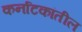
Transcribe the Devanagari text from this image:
कर्नाटकांतील